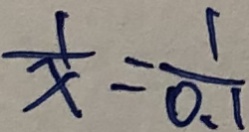
\frac { 1 } { x } = \frac { 1 } { 0 . 1 }